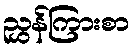
ညွှန်ကြားစာ